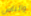
والناس